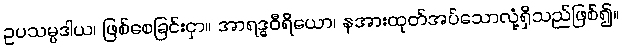
ဥပသမ္ပဒါယ၊ ဖြစ်စေခြင်းငှာ။ အာရဒ္ဓဝီရိယော၊ နအားထုတ်အပ်သောလုံ့ရှိသည်ဖြစ်၍။